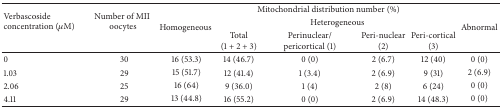
| <ROWSPAN=3> Verbascoside concentration (μM) | <ROWSPAN=3> Number of MII oocytes | <COLSPAN=6> Mitochondrial distribution number (%) |
 | <ROWSPAN=2> Homogeneous | <COLSPAN=4> Heterogeneous | <ROWSPAN=2> Abnormal |
 | Total (1 + 2 + 3) | Perinuclear/pericortical (1) | Peri-nuclear (2) | Peri-cortical (3) |
 | --- | --- | --- | --- | --- | --- | --- | --- |
 | 0 | 30 | 16 (53.3) | 14 (46.7) | 0 (0) | 2 (6.7) | 12 (40) | 0 (0) |
 | 1.03 | 29 | 15 (51.7) | 12 (41.4) | 1 (3.4) | 2 (6.9) | 9 (31) | 2 (6.9) |
 | 2.06 | 25 | 16 (64) | 9 (36.0) | 1 (4) | 2 (8) | 6 (24) | 0 (0) |
 | 4.11 | 29 | 13 (44.8) | 16 (55.2) | 0 (0) | 2 (6.9) | 14 (48.3) | 0 (0) |